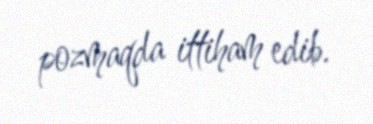
pozmaqda ittiham edib.